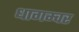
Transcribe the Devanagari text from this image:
धागम्वर